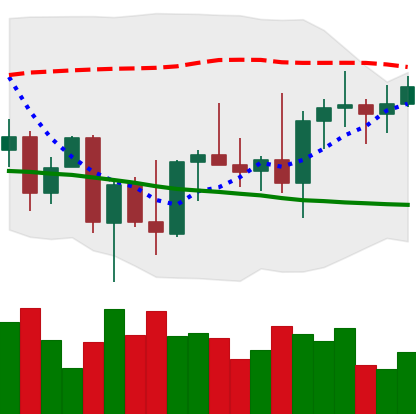
Ticker: BNB-USD
Chart end date: 2022-10-03
Forward return: -3.68%
Label: down_3_5